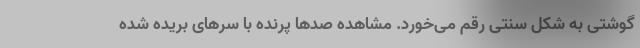
گوشتی به شکل سنتی رقم می‌خورد. مشاهده صدها پرنده با سرهای بریده شده